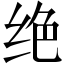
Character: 绝